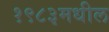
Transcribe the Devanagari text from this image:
१९८३मधील